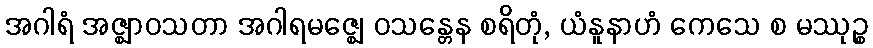
အဂါရံ အဇ္ဈာဝသတာ အဂါရမဇ္ဈေ ဝသန္တေန စရိတုံ, ယံနူနာဟံ ကေသေ စ မဿုဉ္စ